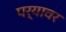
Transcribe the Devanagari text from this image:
पर्यावर